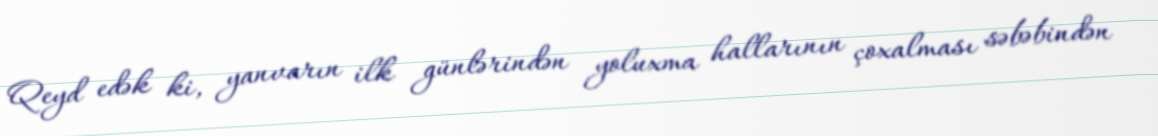
Qeyd edək ki, yanvarın ilk günlərindən yoluxma hallarının çoxalması səbəbindən